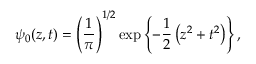
\psi _ { 0 } ( z , t ) = \left( { \frac { 1 } { \pi } } \right) ^ { 1 / 2 } \exp \left\{ - { \frac { 1 } { 2 } } \left( z ^ { 2 } + t ^ { 2 } \right) \right\} ,